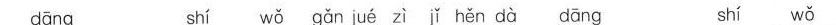
dāng shí wǒ gǎn jué zì ǐ hěn dà dāng shí